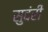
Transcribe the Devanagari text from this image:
सुदंरी